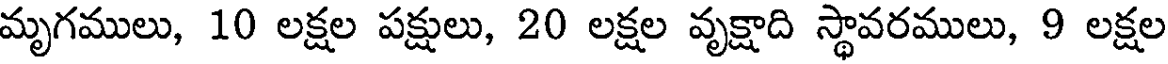
మృగములు, 10 లక్షల పక్షులు, 20 లక్షల వృక్షాది స్థావరములు, 9 లక్షల